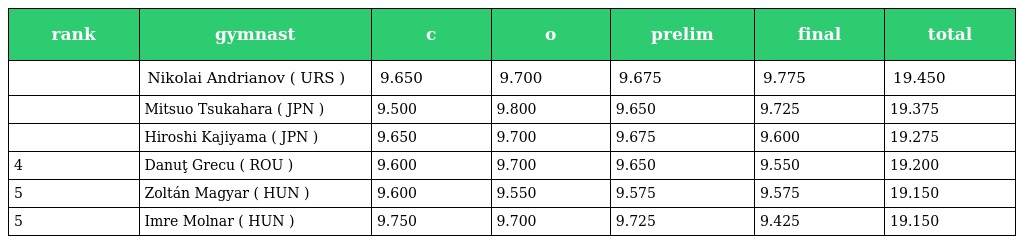
| rank | gymnast | c | o | prelim | final | total |
 | --- | --- | --- | --- | --- | --- | --- |
 |  | Nikolai Andrianov ( URS ) | 9.650 | 9.700 | 9.675 | 9.775 | 19.450 |
 |  | Mitsuo Tsukahara ( JPN ) | 9.500 | 9.800 | 9.650 | 9.725 | 19.375 |
 |  | Hiroshi Kajiyama ( JPN ) | 9.650 | 9.700 | 9.675 | 9.600 | 19.275 |
 | 4 | Danuţ Grecu ( ROU ) | 9.600 | 9.700 | 9.650 | 9.550 | 19.200 |
 | 5 | Zoltán Magyar ( HUN ) | 9.600 | 9.550 | 9.575 | 9.575 | 19.150 |
 | 5 | Imre Molnar ( HUN ) | 9.750 | 9.700 | 9.725 | 9.425 | 19.150 |